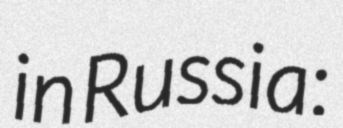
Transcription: in Russia: